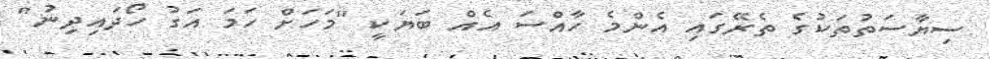
ސިޔާސަތުތަކުގެ ތެރޭގައި އެންމެ ހާއްސަ އެއް ބަޔަކީ "މަހަށް ހަމަ އަގު ހޯދައިދިނު"